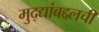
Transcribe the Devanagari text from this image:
मुद्द्यांबद्दलची